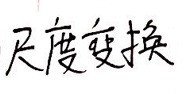
尺度变换